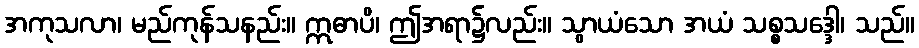
အကုသလာ၊ မည်ကုန်သနည်း။ ဣဓာပိ၊ ဤအရာ၌လည်း။ သွာယံသော အယံ သစ္စသဒ္ဒေါ၊ သည်။